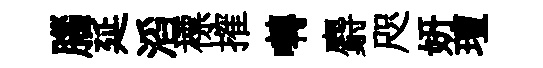
腦延滔褾搉囀麝咫妍璮